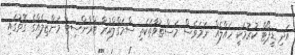
އަދި ޑީޕޯޓް ކުރުމަކީ ހައްލެއް ނަމަވެސް މަސްތުވާތަކެތި ސްމަގްލްކުރާ ޓްރާންސިޓް މަންޒިލެއްގެ ގޮތުގައި